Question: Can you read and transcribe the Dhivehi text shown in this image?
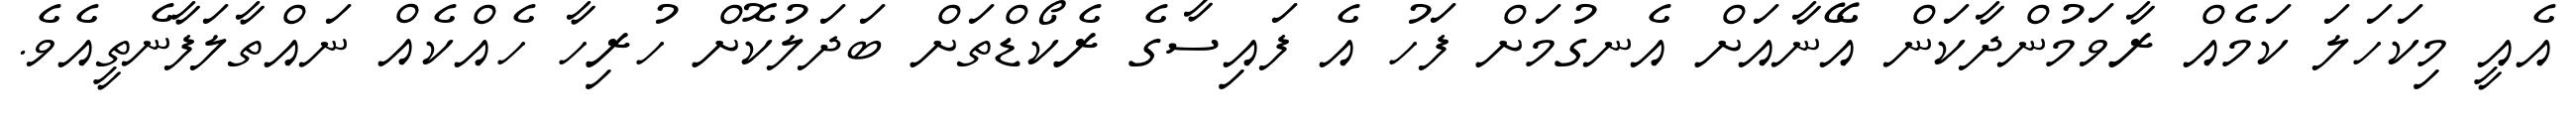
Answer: އެއީ މިކަހަލަ ކަމެއް ރާވަމުންދާކަން އޭނާއަށް އެނގުމަށް ފަހު އެ ފައިސާގެ ރެކޯޑްތަށް ބަދަލުކޮށް ހުރިހާ ހެއްކެއް ނައްތާލަފާނެތީއެވެ.